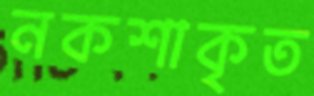
নকশাকৃত